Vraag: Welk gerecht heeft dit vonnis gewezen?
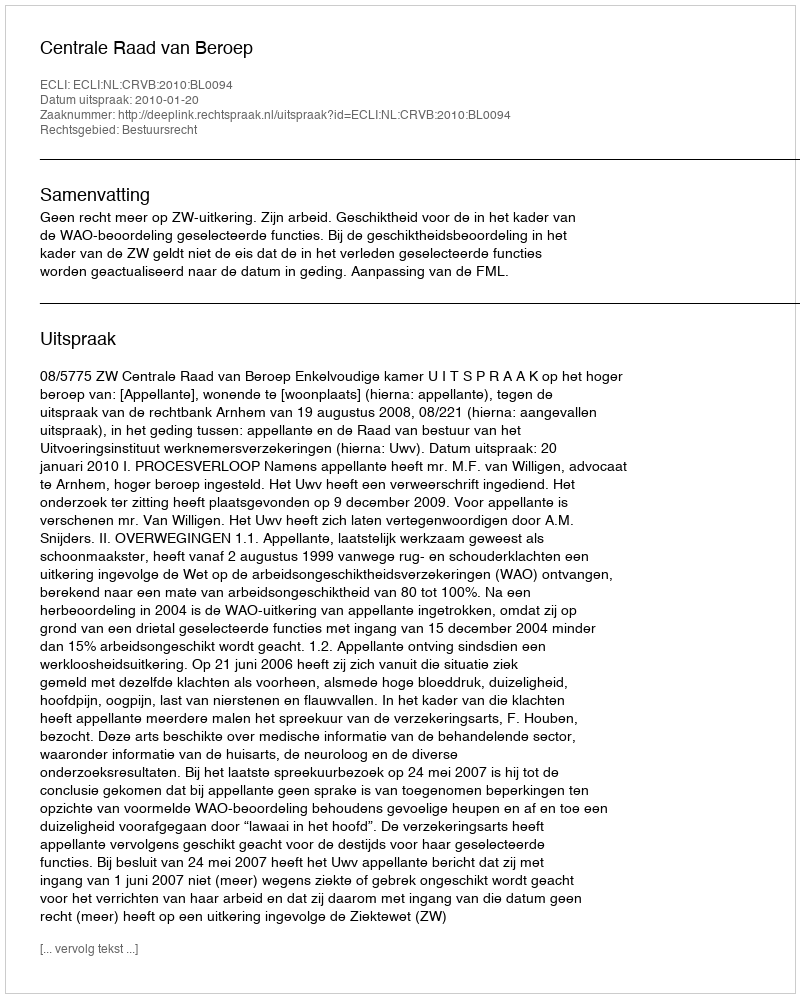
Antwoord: Centrale Raad van Beroep